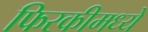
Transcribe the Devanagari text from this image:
फिरकीमध्ये